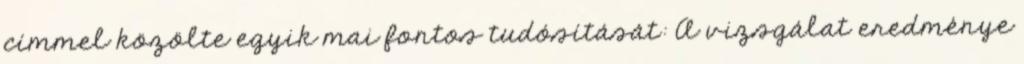
címmel közölte egyik mai fontos tudósítását: A vizsgálat eredménye